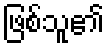
ဖြစ်သူ၏